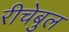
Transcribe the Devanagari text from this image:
रीचेबुल